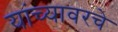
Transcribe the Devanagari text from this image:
यांच्यावरचे